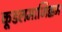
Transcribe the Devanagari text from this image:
कूडलमाणिक्कम